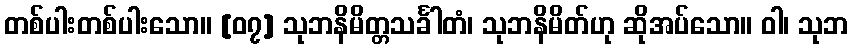
တစ်ပါးတစ်ပါးသော။ [၀၇] သုဘနိမိတ္တသင်္ခါတံ၊ သုဘနိမိတ်ဟု ဆိုအပ်သော။ ဝါ၊ သုဘ